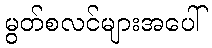
မွတ်စလင်များအပေါ်